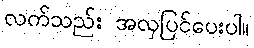
လက်သည်း အလှပြင်ပေးပါ။